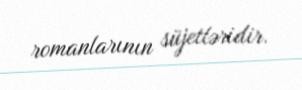
romanlarının süjetləridir.